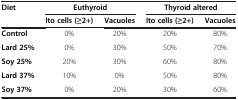
<table><thead><tr><td><b>Diet</b></td><td colspan="2"><b>Euthyroid</b></td><td colspan="2"><b>Thyroid altered</b></td></tr><tr><td><b> </b></td><td><b>Ito cells (≥2+)</b></td><td><b>Vacuoles</b></td><td><b>Ito cells (≥2+)</b></td><td><b>Vacuoles</b></td></tr></thead><tbody><tr><td><b>Control</b></td><td>0%</td><td>20%</td><td>20%</td><td>80%</td></tr><tr><td><b>Lard 25%</b></td><td>0%</td><td>30%</td><td>50%</td><td>70%</td></tr><tr><td><b>Soy 25%</b></td><td>20%</td><td>30%</td><td>60%</td><td>80%</td></tr><tr><td><b>Lard 37%</b></td><td>10%</td><td>0%</td><td>50%</td><td>80%</td></tr><tr><td><b>Soy 37%</b></td><td>0%</td><td>20%</td><td>30%</td><td>60%</td></tr></tbody></table>